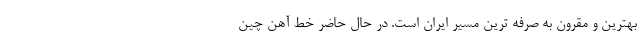
بهترین و مقرون به صرفه ترین مسیر ایران است. در حال حاضر خط آهن چین